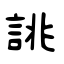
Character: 誂